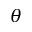
\theta